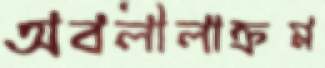
অবলীলাক্রম